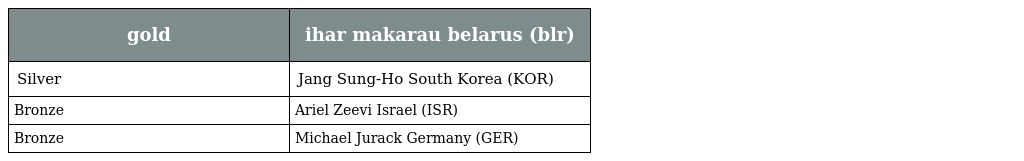
| gold | ihar makarau belarus (blr) |
 | --- | --- |
 | Silver | Jang Sung-Ho South Korea (KOR) |
 | Bronze | Ariel Zeevi Israel (ISR) |
 | Bronze | Michael Jurack Germany (GER) |